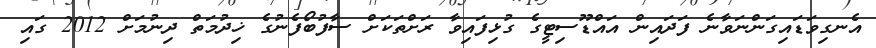
އެނގިވަޑައިގަންނަވާނެ ފަދައިން އައްޑޫސިޓީގެ ގުޅިފައިވާ ރަށްތަކަށް ސާފުބޯފެނުގެ ޚިދުމަތް ދިނުމަށް 2012 ގައި